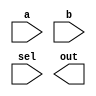
//         
//  a -->  | MUX  |-->out
//  b -->  |      |
//         
//             |
//        sel--+  

module my_mux (a,b,sel,out);

input a,b,sel;
output out;

`ifdef GATE_LEVEL
wire selb, out1, out2;
not i1(selb,sel);

and a1(out1, a, selb);
and a2(out2, b, sel);
or  o1(out, out1, out2);

`elsif   DATAFLOW_LEVEL      //  RTL level implementation
assign out = sel ? b : a ;

`endif

endmodule